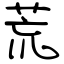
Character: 荒